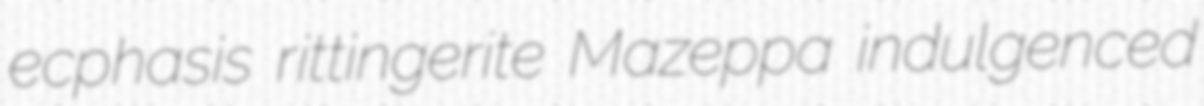
ecphasis rittingerite Mazeppa indulgenced